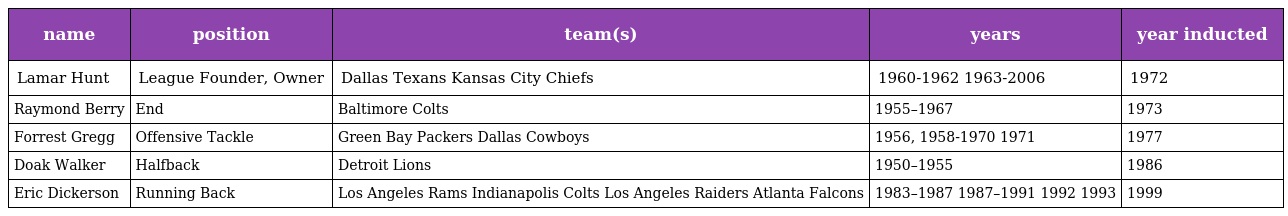
| name | position | team(s) | years | year inducted |
 | --- | --- | --- | --- | --- |
 | Lamar Hunt | League Founder, Owner | Dallas Texans Kansas City Chiefs | 1960-1962 1963-2006 | 1972 |
 | Raymond Berry | End | Baltimore Colts | 1955–1967 | 1973 |
 | Forrest Gregg | Offensive Tackle | Green Bay Packers Dallas Cowboys | 1956, 1958-1970 1971 | 1977 |
 | Doak Walker | Halfback | Detroit Lions | 1950–1955 | 1986 |
 | Eric Dickerson | Running Back | Los Angeles Rams Indianapolis Colts Los Angeles Raiders Atlanta Falcons | 1983–1987 1987–1991 1992 1993 | 1999 |